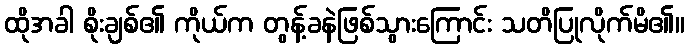
ထိုအခါ စိုးချစ်၏ ကိုယ်က တွန့်ခနဲဖြစ်သွားကြောင်း သတိပြုလိုက်မိ၏။